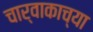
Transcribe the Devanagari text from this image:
चार्वाकाच्या